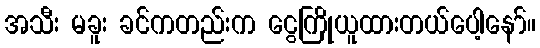
အသီး မခူး ခင်ကတည်းက ငွေကြိုယူထားတယ်ပေါ့နော်။